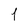
Character: 1